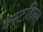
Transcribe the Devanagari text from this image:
वेस्टहिल्स